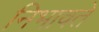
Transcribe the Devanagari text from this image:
निभावते